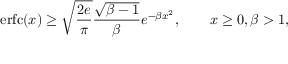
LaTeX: \operatorname { e r f c } ( x ) \geq { \sqrt { \frac { 2 e } { \pi } } } { \frac { \sqrt { \beta - 1 } } { \beta } } e ^ { - \beta x ^ { 2 } } , \qquad x \geq 0 , \beta > 1 ,